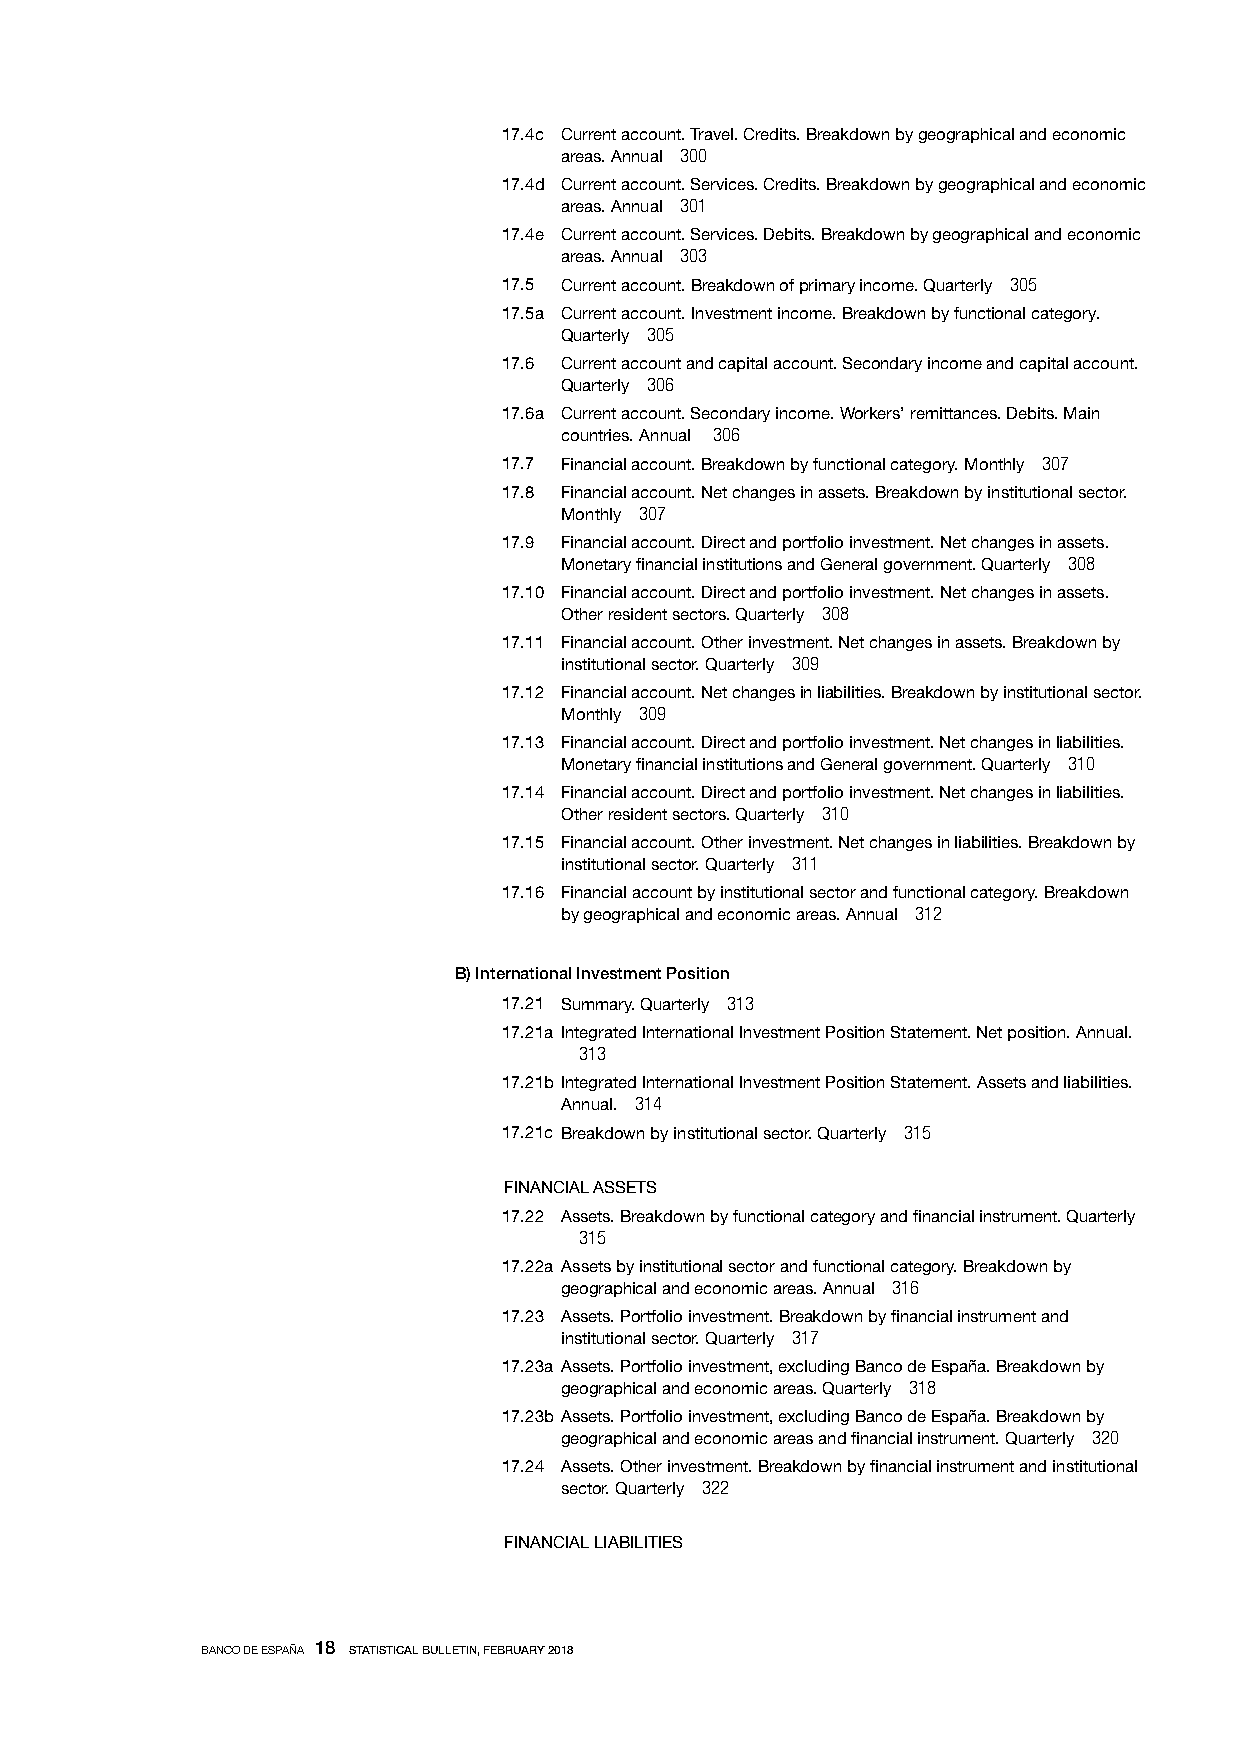
17.4c Current account. Travel. Credits. Breakdown by geographical and economic
 areas. Annual 300
 17.4d Current account. Services. Credits. Breakdown by geographical and economic
 areas. Annual 301
 17.4e Current account. Services. Debits. Breakdown by geographical and economic
 areas. Annual 303
 17.5 Current account. Breakdown of primary income. Quarterly 305
 17.5a Current account. Investment income. Breakdown by functional category.
 Quarterly 305
 17.6 Current account and capital account. Secondary income and capital account.
 Quarterly 306
 17.6a Current account. Secondary income. Workers’ remittances. Debits. Main
 countries. Annual 306
 17.7 Financial account. Breakdown by functional category. Monthly 307
 17.8 Financial account. Net changes in assets. Breakdown by institutional sector.
 Monthly 307
 17.9 Financial account. Direct and portfolio investment. Net changes in assets.
 Monetary financial institutions and General government. Quarterly 308
 17.10 Financial account. Direct and portfolio investment. Net changes in assets.
 Other resident sectors. Quarterly 308
 17.11 Financial account. Other investment. Net changes in assets. Breakdown by
 institutional sector. Quarterly 309
 17.12 Financial account. Net changes in liabilities. Breakdown by institutional sector.
 Monthly 309
 17.13 Financial account. Direct and portfolio investment. Net changes in liabilities.
 Monetary financial institutions and General government. Quarterly 310
 17.14 Financial account. Direct and portfolio investment. Net changes in liabilities.
 Other resident sectors. Quarterly 310
 17.15 Financial account. Other investment. Net changes in liabilities. Breakdown by
 institutional sector. Quarterly 311
 17.16 Financial account by institutional sector and functional category. Breakdown
 by geographical and economic areas. Annual 312
 B) International Investment Position
 17.21 Summary. Quarterly 313
 17.21a Integrated International Investment Position Statement. Net position. Annual.
 313
 17.21b Integrated International Investment Position Statement. Assets and liabilities.
 Annual. 314
 17.21c Breakdown by institutional sector. Quarterly 315
 FINANCIAL ASSETS
 17.22 Assets. Breakdown by functional category and financial instrument. Quarterly
 315
 17.22a Assets by institutional sector and functional category. Breakdown by
 geographical and economic areas. Annual 316
 17.23 Assets. Portfolio investment. Breakdown by financial instrument and
 institutional sector. Quarterly 317
 17.23a Assets. Portfolio investment, excluding Banco de España. Breakdown by
 geographical and economic areas. Quarterly 318
 17.23b Assets. Portfolio investment, excluding Banco de España. Breakdown by
 geographical and economic areas and financial instrument. Quarterly 320
 17.24 Assets. Other investment. Breakdown by financial instrument and institutional
 sector. Quarterly 322
 FINANCIAL LIABILITIES
 BANCO DE ESPAÑA 18 STATISTICAL BULLETIN, FEBRUARY 2018